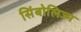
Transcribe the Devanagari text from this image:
सिंबोलिज्म